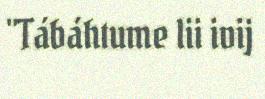
"Tábáhtume lii ivij